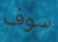
سوف